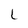
Character: L